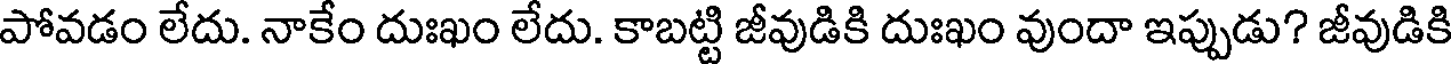
పోవడం లేదు. నాకేం దుఃఖం లేదు. కాబట్టి జీవుడికి దుఃఖం వుందా ఇప్పుడు? జీవుడికి